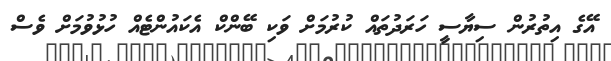
އޭގެ އިތުރުން ސިޔާސީ ހަރަދުތައް ކުރުމަށް ވަކި ބޭންކް އެކައުންޓެއް ހުޅުވުމަށް ވެސް